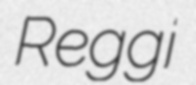
Reggi